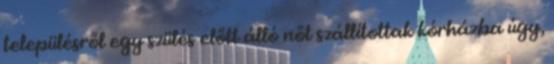
településről egy szülés előtt álló nőt szállítottak kórházba úgy,